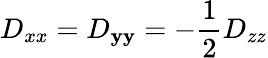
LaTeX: D_{xx}=D_{\mathbf{y}\mathbf{y}}=-\frac{{1}}{{2}}D_{zz}